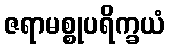
ဇရာမစ္စုပရိက္ခယံ